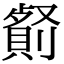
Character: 𠠋